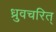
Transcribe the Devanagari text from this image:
ध्रुवचरित्